Report on sanitation, dispensaries, and jails in Rajputana for 1916, and on vaccination for the year 1916-1917 - 1916-1917
Year: 1916
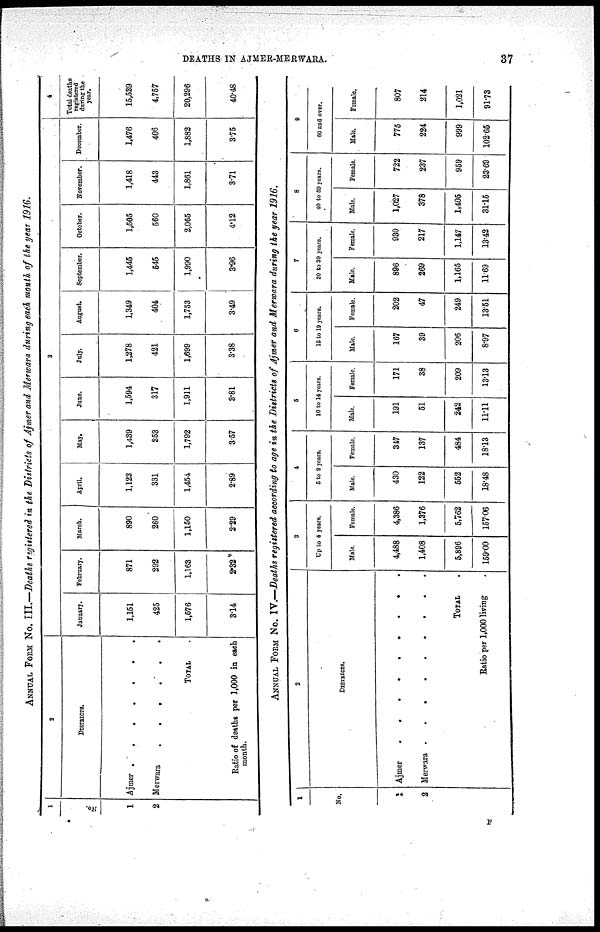
DEATHS IN AJMER-MERWARA.
37
ANNUAL FORM NO. III.—Deaths registered in the Districts of Ajmer and Merwara during each month of the year 1916.
1
No.
1
2
2
DISTRICTS.
Ajmer
.
.
.
.
.
.
Merwara
.
.
.
.
.
TOTAL .
Ratio of deaths per 1,000 in each
month.
3
January.
1,151
425
1,576
3.14
February.
871
292
1,163
2.32
March.
890
260
1,150
2.29
April.
1,123
331
1,454
2.89
May.
1,439
353
1,792
3.57
June.
1,594
317
1,911
3.81
July.
1,278
421
1,699
3.38
August.
1,349
404
1,753
3.49
September.
1,445
545
1,990
3.96
October.
1,505
560
2,065
4.12
November.
1,418
443
1,861
3.71
December.
1,476
408
1,882
3.75
4
Total deaths
registered
during the
year.
15,539
4,757
20,296
40.48
ANNUAL FORM NO. IV.—Deaths registered according to age in the Districts of Ajmer and Merwara during the year 1916.
1
No.
1
2
2
DISTRICTS.
Ajmer . . . . . . . . .
Merwara . . . . . . . . .
TOTAL .
Ratio per 1,000 living .
3
Up to 4 years.
Male.
4,488
1,408
5,896
159.00
Female.
4,386
1,376
5,762
157.06
4
5 to 9 years.
Male.
430
122
552
18.48
Female.
347
137
484
18.13
5
10 to 14 years.
Male.
191
51
242
11.11
Female.
171
38
209
13.13
6
15 to 19 years.
Male.
167
39
206
8.97
Female.
202
47
249
13.51
7
20 to 39 years.
Male.
896
269
1,165
11.69
Female.
930
217
1,147
13.42
8
40 to 59 years.
Male.
1,027
378
1,405
31.15
Female.
722
237
959
23.69
9
60 and over.
Male.
775
224
999
102.65
Female.
807
214
1,021
91.73
F